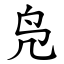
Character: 凫